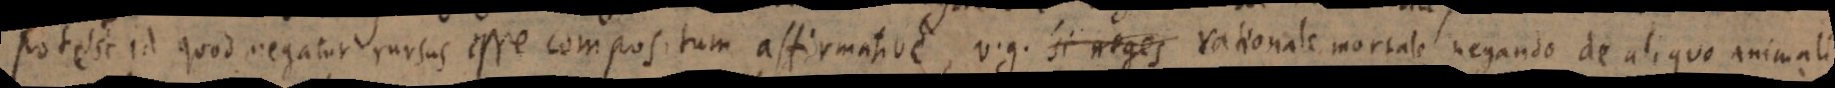
Potest id quod negatur rursus esse compositum affirmative, v.g. si neges rationale mortale negando de aliquo animali.